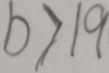
b > 1 9